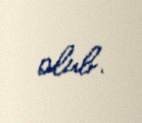
olub.